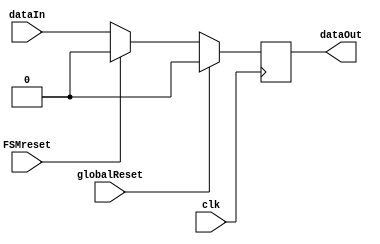
`timescale 1ns / 1ps
//stores any walk register requests
module register( FSMreset,globalReset, clk, dataIn, dataOut);
	parameter WIDTH = 1;
	input FSMreset, globalReset, clk  ;
	input [WIDTH-1:0] dataIn;
	output reg dataOut; 
	
	always @ (posedge clk)
	begin
		if (globalReset == 1)
			dataOut <= 0;
		else if (FSMreset == 1'b1)
			dataOut <= 0;
		else
			dataOut <=  dataIn;
	end
	
endmodule